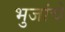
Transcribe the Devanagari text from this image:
भुजांचे